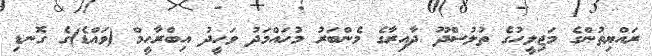
ރައްޔިތުންގެ މަޖިލީހުގެ ތުލުސްދޫ ދާއިރާގެ މެންބަރު މުހައްމަދު ވަހީދު އިބްރާހީމް (ވައްޑެ)ގެ ގޮނޑި